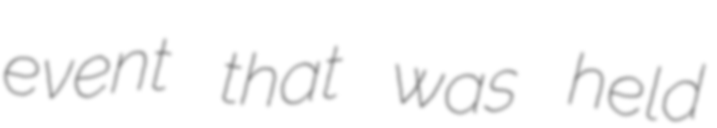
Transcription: event that was held